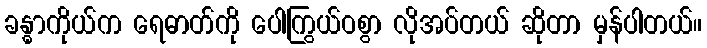
ခန္ဓာကိုယ်က ရေဓာတ်ကို ပေါကြွယ်ဝစွာ လိုအပ်တယ် ဆိုတာ မှန်ပါတယ်။